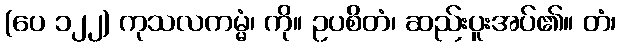
(ပေ ၁၂၂) ကုသလကမ္မံ၊ ကို။ ဥပစိတံ၊ ဆည်းပူးအပ်၏။ တံ၊